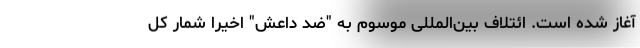
آغاز شده است. ائتلاف بین‌المللی موسوم به "ضد داعش" اخیرا شمار کل